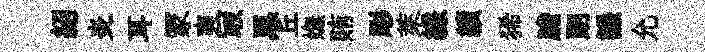
紹炎耳冡爽冣黑丘嫵賄彫萊縑績狶膽朗謙允